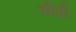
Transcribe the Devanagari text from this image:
सीढी़